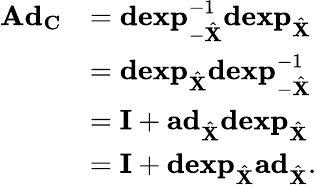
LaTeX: \begin{array}{rl}{\mathbf{Ad}_{\mathbf{C}}}&{=\mathbf{dexp}_{-\hat{\mathbf{X}}}^{-1}\mathbf{dexp}_{\hat{\mathbf{X}}}}\\ &{=\mathbf{dexp}_{\hat{\mathbf{X}}}\mathbf{dexp}_{-\hat{\mathbf{X}}}^{-1}}\\ &{=\mathbf{I}+\mathbf{ad}_{\hat{\mathbf{X}}}\mathbf{dexp}_{\hat{\mathbf{X}}}}\\ &{=\mathbf{I}+\mathbf{dexp}_{\hat{\mathbf{X}}}\mathbf{ad}_{\hat{\mathbf{X}}}.}\end{array}